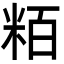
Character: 粨